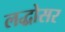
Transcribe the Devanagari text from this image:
लद्धोसर